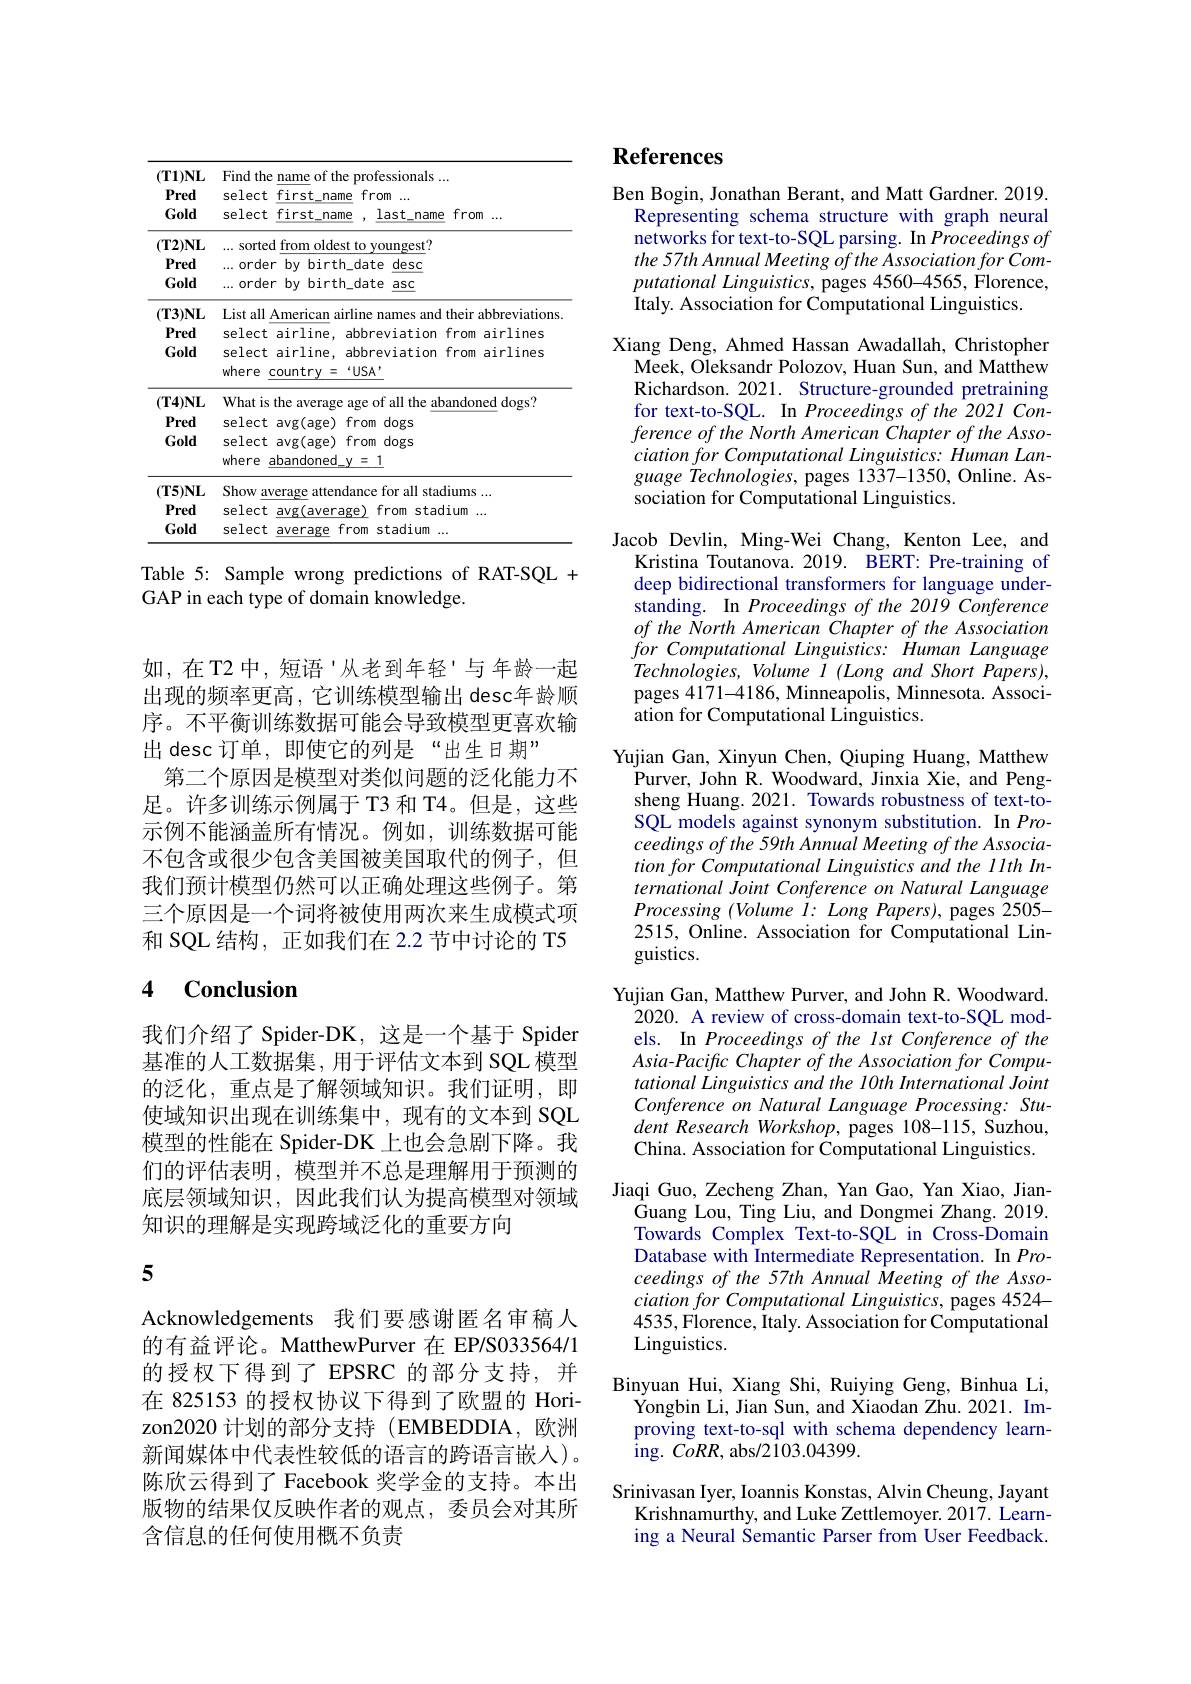
<table>
	<tbody>
		<tr>
			<th>$(\mathbf{T}1)\mathbf{NL}$ Pred Gold</th>
			<th>Find the name of the professionals ... select first\_name from $1\ldots$ select first\_name, last\_name from ...</th>
		</tr>
		<tr>
			<td>(T2)NL Pred Gold</td>
			<td>... sorted from oldest to youngest? $C$ order by birth\_date desc ...order by birth\_date\_asc</td>
		</tr>
		<tr>
			<td>$(\mathbf{T}4)\mathbf{NL}$ Pred Gold</td>
			<td>$Jn$ What is the average age of all the abandoned dogs? select avg(age) from dogs select avg(age) from dogs where abandoned\_y\_1</td>
		</tr>
		<tr>
			<td>$(\mathbf{T5})\mathbf{NL}$ Pred Gold</td>
			<td>Show average attendance for all stadiums .. select avg(average) from stadium .. select average from stadium</td>
		</tr>
	</tbody>
</table>
Table 5: Sample wrong predictions of RAT-SQL +

GAP in each type of domain knowledge.

如，在T2 中，短语'从老到年轻'与 年龄一起出现的频率更高，它训练模型输出 desc年龄顺序。不平衡训练数据可能会导致模型更喜欢输出 desc 订单，即使它的列是“出生日期”
第二个原因是模型对类似问题的泛化能力不足。许多训练示例属于 T3 和 T4。但是，这些示例不能涵盖所有情况。例如，训练数据可能不包含或很少包含美国被美国取代的例子，但我们预计模型仍然可以正确处理这些例子。第三个原因是一个词将被使用两次来生成模式项和 SQL 结构，正如我们在 2.2 节中讨论的 T5

### 4 $\mathbf{Conclusion}$

我们介绍了 Spider-DK, 这是一个基于 Spider 基准的人工数据集，用于评估文本到 SQL 模型的泛化，重点是了解领域知识。我们证明，即使域知识出现在训练集中，现有的文本到 SQL 模型的性能在 Spider-DK 上也会急剧下降。我们的评估表明，模型并不总是理解用于预测的底层领域知识，因此我们认为提高模型对领域知识的理解是实现跨域泛化的重要方向

5

Acknowledgements 我们要感谢匿名审稿人的有益评论。MatthewPurver 在 EP/S033564/1的授权下得到了 EPSRC 的部分支持，并在 825153 的授权协议下得到了欧盟的 Horizon2020 计划的部分支持 (EMBEDDIA,欧洲新闻媒体中代表性较低的语言的跨语言嵌入)。陈欣云得到了 Facebook 奖学金的支持。本出版物的结果仅反映作者的观点，委员会对其所含信息的任何使用概不负责

# References

Ben Bogin, Jonathan Berant, and Matt Gardner. 2019.
Representing schema structure with graph neural networks for text-to-SQL parsing. In Proceedings of the 57th Annual Meeting of the Association for Computational Linguistics, pages 4560-4565, Florence, Italy. Association for Computational Linguistics.

Xiang Deng, Ahmed Hassan Awadallah, Christopher
Meek, Oleksandr Polozov, Huan Sun, and Matthew Richardson. 2021. Structure-grounded pretraining for text-to-SQL. In Proceedings of the 2021 Conference of the North American Chapter of the AssociationforComputational Linguistics: Human Language Technologies, pages 1337-1350, Online. Association for Computational Linguistics.

Jacob Devlin, Ming-Wei Chang, Kenton Lee, and
Kristina Toutanova. 2019. BERT: Pre-training of deep bidirectional transformers for language understanding. In Proceedings of the 2019 Conference oftheNorthAmericanChapteroftheAssociation for Computational Linguistics: Human Language Technologies, Volume $\bar{I} ( LongandShort\textit{Papers}) $, pages 4171-4186, Minneapolis, Minnesota. Association for Computational Linguistics.

Yujian Gan, Xinyun Chen, Qiuping Huang, Matthew
Purver, John R. Woodward, Jinxia Xie, and Pengsheng Huang. 2021. Towards robustness of text-toSQL models against synonym substitution. In Proceedings of the 59th Annual Meeting of the Association for Computational Linguistics and the 11th International Joint Conference on Natural Language Processing $( Volume$ $I:$ Long $Papers) $, pages 2505- 2515, Online. Association for Computational Linguistics.

Yujian Gan, Matthew Purver, and John R. Woodward.

2020. A review of cross-domain text-to-SQL mod-

els. In Proceedings of the lst Conference of the

Asia-Pacific Chapter of the Association for Compu-

tational Linguistics and the 10th International Joint

Conference on Natural Language Processing: Stu-

$dent~Research~Workshop,~pages~108-115,~Suzhou$,

China. Association for Computational Linguistics.

Jiaqi Guo, Zecheng Zhan, Yan Gao, Yan Xiao, Jian-

Guang Lou, Ting Liu, and Dongmei Zhang. 2019.

Towards Complex Text-to-SQL in Cross-Domain

Database with Intermediate Representation. In Pro-

ceedings of the 57th Annual Meeting of the Asso-

ciation for Computational Linguistics, pages 4524-

4535,Florence, Italy. Association for Computational

Linguistics.

Binyuan Hui, Xiang Shi, Ruiying Geng, Binhua Li,

Yongbin Li, Jian Sun, and Xiaodan Zhu. 2021. Im-

proving text-to-sql with schema dependency learn-

${\mathrm{ing.~}CoRR,\mathrm{~abs/2103.04399.}}$

Srinivasan Iyer, Ioannis Konstas, Alvin Cheung, Jayant

Krishnamurthy, and Luke Zettlemoyer. 2017. Learn-

ing a Neural Semantic Parser from User Feedback.